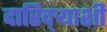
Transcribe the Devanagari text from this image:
दारिद्ऱ्याशी